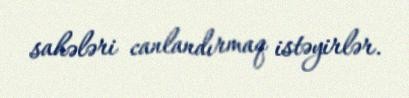
sahələri canlandırmaq istəyirlər.